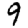
Digit: 9